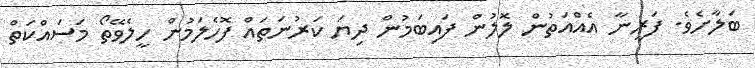
ބަލާށެވެ. ފަރީނާ އެއްއަތުން ލޮލުން ފައިބަމުން ދިޔަ ކަރުނަތައް ފޮހެލަމުން ހީލެވޭތޯ މަސައްކަތް